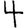
Digit: 4